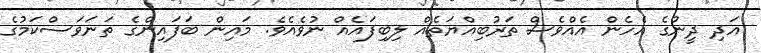
އަދި ދީނުގެ އެހެން އެއްވެސް ތަރުބިއްޔަތެއް ލިބިފައެއް ނުވެއެވެ. މައިން ބަފައިންގެ ތަނަވަސްކަމުގެ